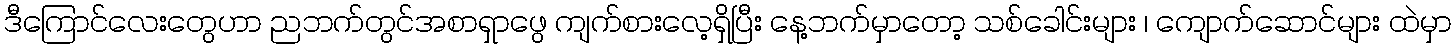
ဒီကြောင်လေးတွေဟာ ညဘက်တွင်အစာရှာဖွေ ကျက်စားလေ့ရှိပြီး နေ့ဘက်မှာတော့ သစ်ခေါင်းများ ၊ ကျောက်ဆောင်များ ထဲမှာ